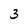
Character: 3